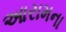
આરામના